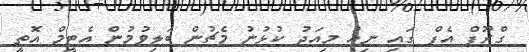
ގްރޫޕް އެފް ގައި ނިއު މިއަދު ކުޅުނު މެޗުން ބަލިވުމުން އެޓީމް އޮތީ